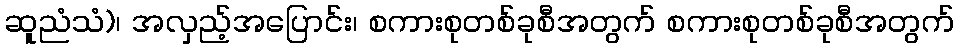
ဆူညံသံ)၊ အလှည့်အပြောင်း၊ စကားစုတစ်ခုစီအတွက် စကားစုတစ်ခုစီအတွက်